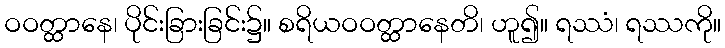
ဝဝတ္ထာနေ၊ ပိုင်းခြားခြင်း၌။ စရိယဝဝတ္ထာနေတိ၊ ဟူ၍။ ရဿံ၊ ရဿကို။